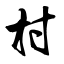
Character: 村